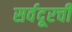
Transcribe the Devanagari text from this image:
सर्वदूरची